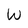
Character: W